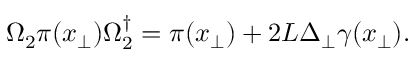
\Omega _ { 2 } \pi ( x _ { \perp } ) \Omega _ { 2 } ^ { \dagger } = \pi ( x _ { \perp } ) + { 2 L } \Delta _ { \perp } \gamma ( x _ { \perp } ) .